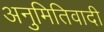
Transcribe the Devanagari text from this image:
अनुमितिवादी